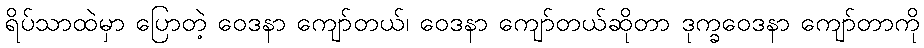
ရိပ်သာထဲမှာ ပြောတဲ့ ဝေဒနာ ကျော်တယ်၊ ဝေဒနာ ကျော်တယ်ဆိုတာ ဒုက္ခဝေဒနာ ကျော်တာကို